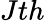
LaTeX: Jth